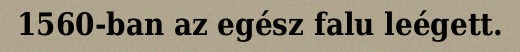
1560-ban az egész falu leégett.